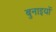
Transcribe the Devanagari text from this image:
बुनाइयों